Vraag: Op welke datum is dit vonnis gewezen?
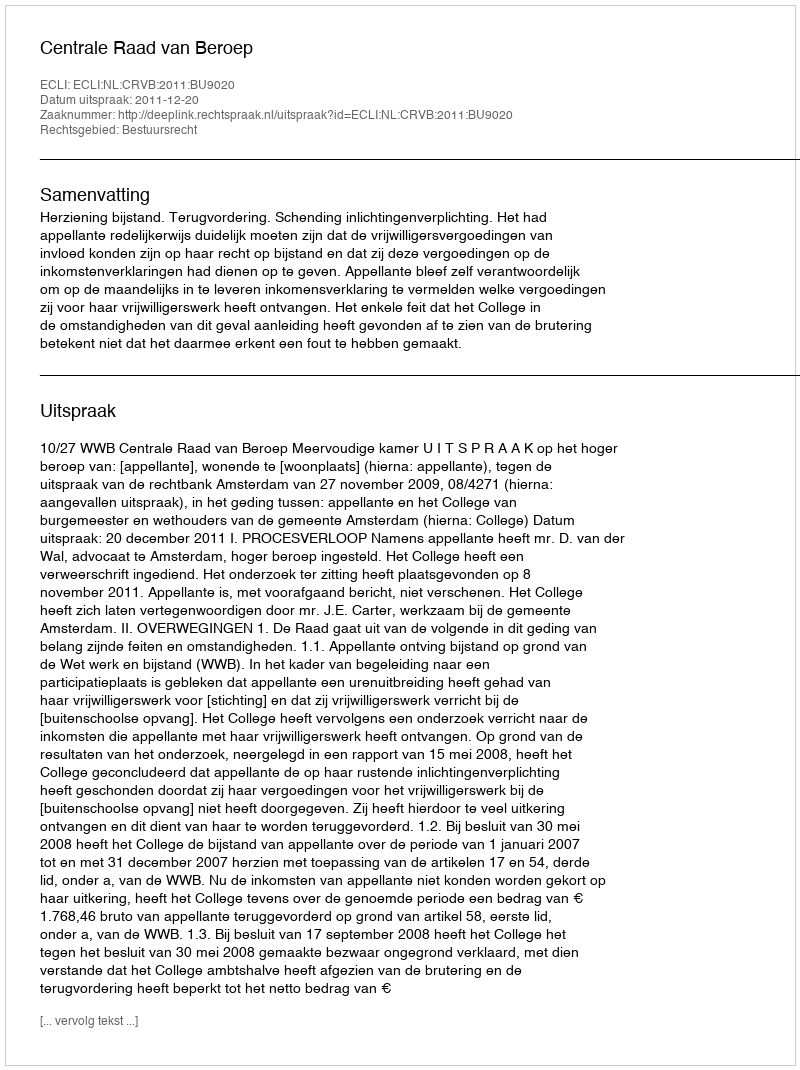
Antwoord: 2011-12-20